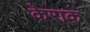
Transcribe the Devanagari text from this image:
केराक